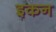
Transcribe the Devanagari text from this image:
इकन